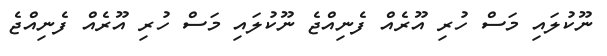
ނޫކުލައި މަސް ހުރި އޫރެއް ފެނިއްޖެ ނޫކުލައި މަސް ހުރި އޫރެއް ފެނިއްޖެ